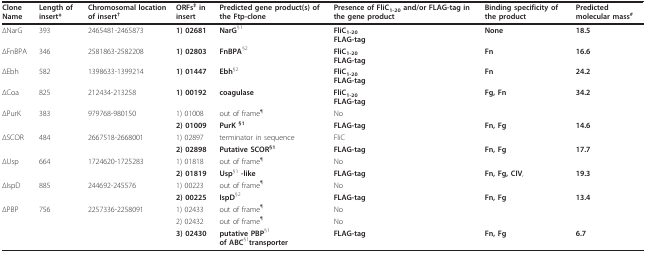
<table><thead><tr><td><b>Clone Name</b></td><td><b>Length of insert*</b></td><td><b>Chromosomal location of insert<sup>†</sup></b></td><td><b>ORFs<sup>‡ </sup>in insert</b></td><td><b>Predicted gene product(s) of the Ftp-clone</b></td><td><b>Presence of FliC<sub>1-20 </sub>and/or FLAG-tag in the gene product</b></td><td><b>Binding specificity of the product</b></td><td><b>Predicted molecular mass<sup>#</sup></b></td></tr></thead><tbody><tr><td>ΔNarG</td><td>393</td><td>2465481-2465873</td><td><b>1) 02681</b></td><td><b>NarG</b><sup>§1</sup></td><td><b>FliC<sub>1-20</sub></b><b>FLAG-tag</b></td><td><b>None</b></td><td><b>18.5</b></td></tr><tr><td>ΔFnBPA</td><td>346</td><td>2581863-2582208</td><td><b>1) 02803</b></td><td><b>FnBPA</b><sup>§2</sup></td><td><b>FliC<sub>1-20</sub></b><b>FLAG-tag</b></td><td><b>Fn</b></td><td><b>16.6</b></td></tr><tr><td>ΔEbh</td><td>582</td><td>1398633-1399214</td><td><b>1) 01447</b></td><td><b>Ebh</b><sup>§2</sup></td><td><b>FliC<sub>1-20</sub></b><b>FLAG-tag</b></td><td><b>Fn</b></td><td><b>24.2</b></td></tr><tr><td>ΔCoa</td><td>825</td><td>212434-213258</td><td><b>1) 00192</b></td><td><b>coagulase</b></td><td><b>FliC<sub>1-20</sub></b><b>FLAG-tag</b></td><td><b>Fg, Fn</b></td><td><b>34.2</b></td></tr><tr><td>ΔPurK</td><td>383</td><td>979768-980150</td><td>1) 01008</td><td>out of frame<sup>¶</sup></td><td>No</td><td></td><td></td></tr><tr><td></td><td></td><td></td><td><b>2) 01009</b></td><td><b>PurK <sup>§1</sup></b></td><td><b>FLAG-tag</b></td><td><b>Fn, Fg</b></td><td><b>14.6</b></td></tr><tr><td>ΔSCOR</td><td>484</td><td>2667518-2668001</td><td>1) 02897</td><td>terminator in sequence</td><td>FliC</td><td></td><td></td></tr><tr><td></td><td></td><td></td><td><b>2) 02898</b></td><td><b>Putative SCOR<sup>§1</sup></b></td><td><b>FLAG-tag</b></td><td><b>Fn, Fg</b></td><td><b>17.7</b></td></tr><tr><td>ΔUsp</td><td>664</td><td>1724620-1725283</td><td>1) 01818</td><td>out of frame<sup>¶</sup></td><td>No</td><td></td><td></td></tr><tr><td></td><td></td><td></td><td><b>2) 01819</b></td><td><b>Usp</b><sup>§1 </sup><b>-like</b></td><td><b>FLAG-tag</b></td><td><b>Fn, Fg, CIV</b>,</td><td><b>19.3</b></td></tr><tr><td>ΔIspD</td><td>885</td><td>244692-245576</td><td>1) 00223</td><td>out of frame<sup>¶</sup></td><td>No</td><td></td><td></td></tr><tr><td></td><td></td><td></td><td><b>2) 00225</b></td><td><b>IspD</b><sup>§2</sup></td><td><b>FLAG-tag</b></td><td><b>Fn, Fg</b></td><td><b>13.4</b></td></tr><tr><td>ΔPBP</td><td>756</td><td>2257336-2258091</td><td>1) 02433</td><td>out of frame<sup>¶</sup></td><td>No</td><td></td><td></td></tr><tr><td></td><td></td><td></td><td>2) 02432</td><td>out of frame<sup>¶</sup></td><td>No</td><td></td><td></td></tr><tr><td></td><td></td><td></td><td><b>3) 02430</b></td><td><b>putative PBP</b><sup>§1</sup><b>of ABC</b><sup>§1</sup><b>transporter</b></td><td><b>FLAG-tag</b></td><td><b>Fn, Fg</b></td><td><b>6.7</b></td></tr></tbody></table>